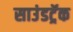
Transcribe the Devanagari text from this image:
साउंडट्रॅक